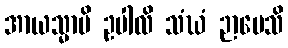
အာယသ္မာပိ ဥပါလိ သံဃံ ဉာပေသိ